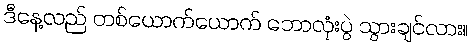
ဒီနေ့လည် တစ်ယောက်ယောက် ဘောလုံးပွဲ သွားချင်လား။